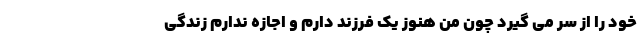
خود را از سر می گیرد چون من هنوز یک فرزند دارم و اجازه ندارم زندگی